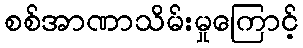
စစ်အာဏာသိမ်းမှုကြောင့်